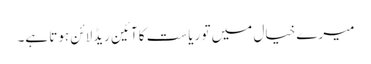
میرے خیال میں تو ریاست کا آئین ریڈلائن ہوتا ہے۔